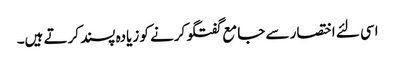
اسی لئے اختصار سے جامع گفتگو کرنے کو زیادہ پسند کرتے ہیں۔